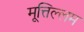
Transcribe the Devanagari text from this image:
मूत्तिल्लम